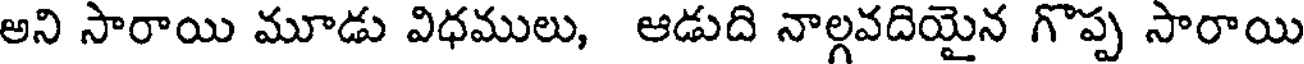
అని సారాయి మూడు విధములు, ఆడుది నాల్గవదియైన గొప్ప సారాయి